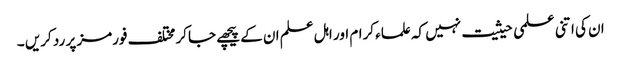
ان کی اتنی علمی حیثیت نہیں کہ علماء کرام اور اہل علم ان کے پیچھے جاکر مختلف فورمز پر رد کریں ۔